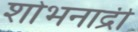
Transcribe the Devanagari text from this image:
शोभनाद्री